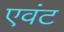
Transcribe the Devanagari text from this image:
एवंट